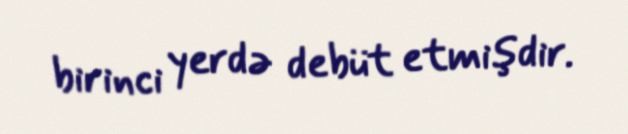
birinci yerdə debüt etmişdir.